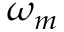
\omega _ { m }